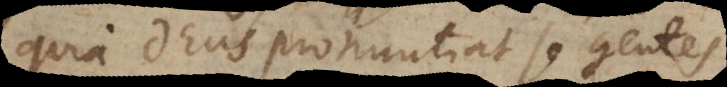
quia Deus pronuntiat se gentes